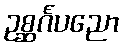
ဥစ္ဆင်္ဂပညော